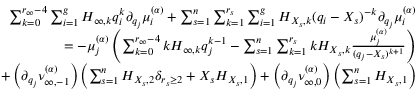
\begin{array} { r l r } & { } & { \sum _ { k = 0 } ^ { r _ { \infty } - 4 } \sum _ { i = 1 } ^ { g } H _ { \infty , k } q _ { i } ^ { k } \partial _ { q _ { j } } \mu _ { i } ^ { \boldsymbol { ( \alpha ) } } + \sum _ { s = 1 } ^ { n } \sum _ { k = 1 } ^ { r _ { s } } \sum _ { i = 1 } ^ { g } H _ { X _ { s } , k } ( q _ { i } - X _ { s } ) ^ { - k } \partial _ { q _ { j } } \mu _ { i } ^ { \boldsymbol { ( \alpha ) } } } \\ & { } & { = - \mu _ { j } ^ { ( \boldsymbol { \alpha } ) } \left( \sum _ { k = 0 } ^ { r _ { \infty } - 4 } k H _ { \infty , k } q _ { j } ^ { k - 1 } - \sum _ { s = 1 } ^ { n } \sum _ { k = 1 } ^ { r _ { s } } k H _ { X _ { s } , k } \frac { \mu _ { j } ^ { ( \boldsymbol { \alpha } ) } } { ( q _ { j } - X _ { s } ) ^ { k + 1 } } \right) } \\ & { } & { + \left( \partial _ { q _ { j } } \nu _ { \infty , - 1 } ^ { ( \boldsymbol { \alpha } ) } \right) \left( \sum _ { s = 1 } ^ { n } H _ { X _ { s } , 2 } \delta _ { r _ { s } \geq 2 } + X _ { s } H _ { X _ { s } , 1 } \right) + \left( \partial _ { q _ { j } } \nu _ { \infty , 0 } ^ { ( \boldsymbol { \alpha } ) } \right) \left( \sum _ { s = 1 } ^ { n } H _ { X _ { s } , 1 } \right) } \end{array}